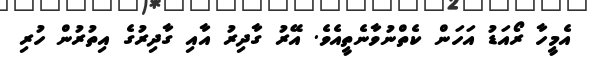
އެމީހާ ރޯއަޑު އަހަން ކެތްނުވާނެތީއެވެ. އޭރު ގާދިރު އާއި ގާދިރުގެ އިތުރުން ހުރި